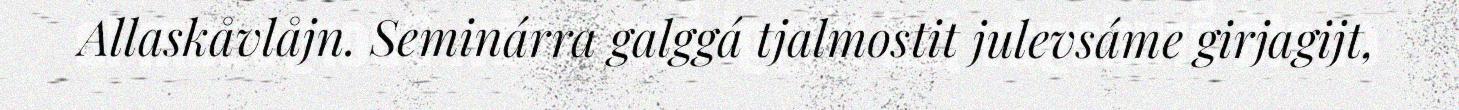
Allaskåvlåjn. Seminárra galggá tjalmostit julevsáme girjagijt,